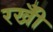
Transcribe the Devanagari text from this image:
रखीँ